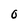
Character: O